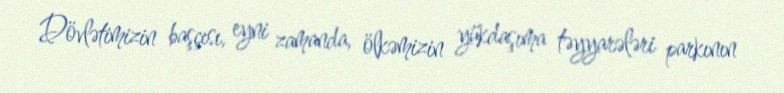
Dövlətimizin başçısı, eyni zamanda, ölkəmizin yükdaşıma təyyarələri parkının